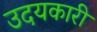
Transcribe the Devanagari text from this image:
उदयकारी